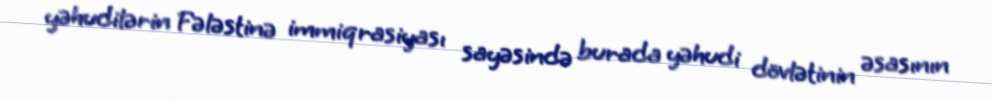
yəhudilərin Fələstinə immiqrasiyası sayəsində burada yəhudi dövlətinin əsasının